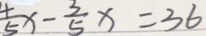
\frac { 4 } { 5 } x - \frac { 3 } { 5 } x = 3 6